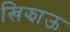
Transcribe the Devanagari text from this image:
खिझाऊ